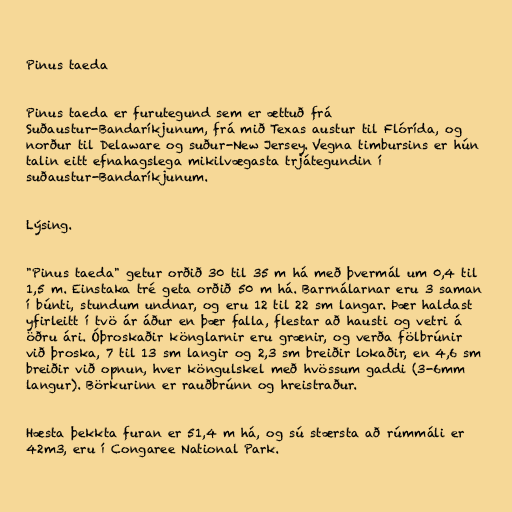
Pinus taeda

Pinus taeda er furutegund sem er ættuð frá
Suðaustur-Bandaríkjunum, frá mið Texas austur til Flórída, og
norður til Delaware og suður-New Jersey. Vegna timbursins er hún
talin eitt efnahagslega mikilvægasta trjátegundin í
suðaustur-Bandaríkjunum.

Lýsing.

"Pinus taeda" getur orðið 30 til 35 m há með þvermál um 0,4 til
1,5 m. Einstaka tré geta orðið 50 m há. Barrnálarnar eru 3 saman
í búnti, stundum undnar, og eru 12 til 22 sm langar. Þær haldast
yfirleitt í tvö ár áður en þær falla, flestar að hausti og vetri á
öðru ári. Óþroskaðir könglarnir eru grænir, og verða fölbrúnir
við þroska, 7 til 13 sm langir og 2,3 sm breiðir lokaðir, en 4,6 sm
breiðir við opnun, hver köngulskel með hvössum gaddi (3-6mm
langur). Börkurinn er rauðbrúnn og hreistraður.

Hæsta þekkta furan er 51,4 m há, og sú stærsta að rúmmáli er
42m3, eru í Congaree National Park.